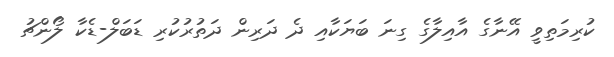
ކުރިމަތިވީ އޭނާގެ އާއިލާގެ ގިނަ ބަޔަކާއި ދެ ދަރިން ދަތުރުކުރި ޑަބަލް-ޑެކާ ލޯންޗު